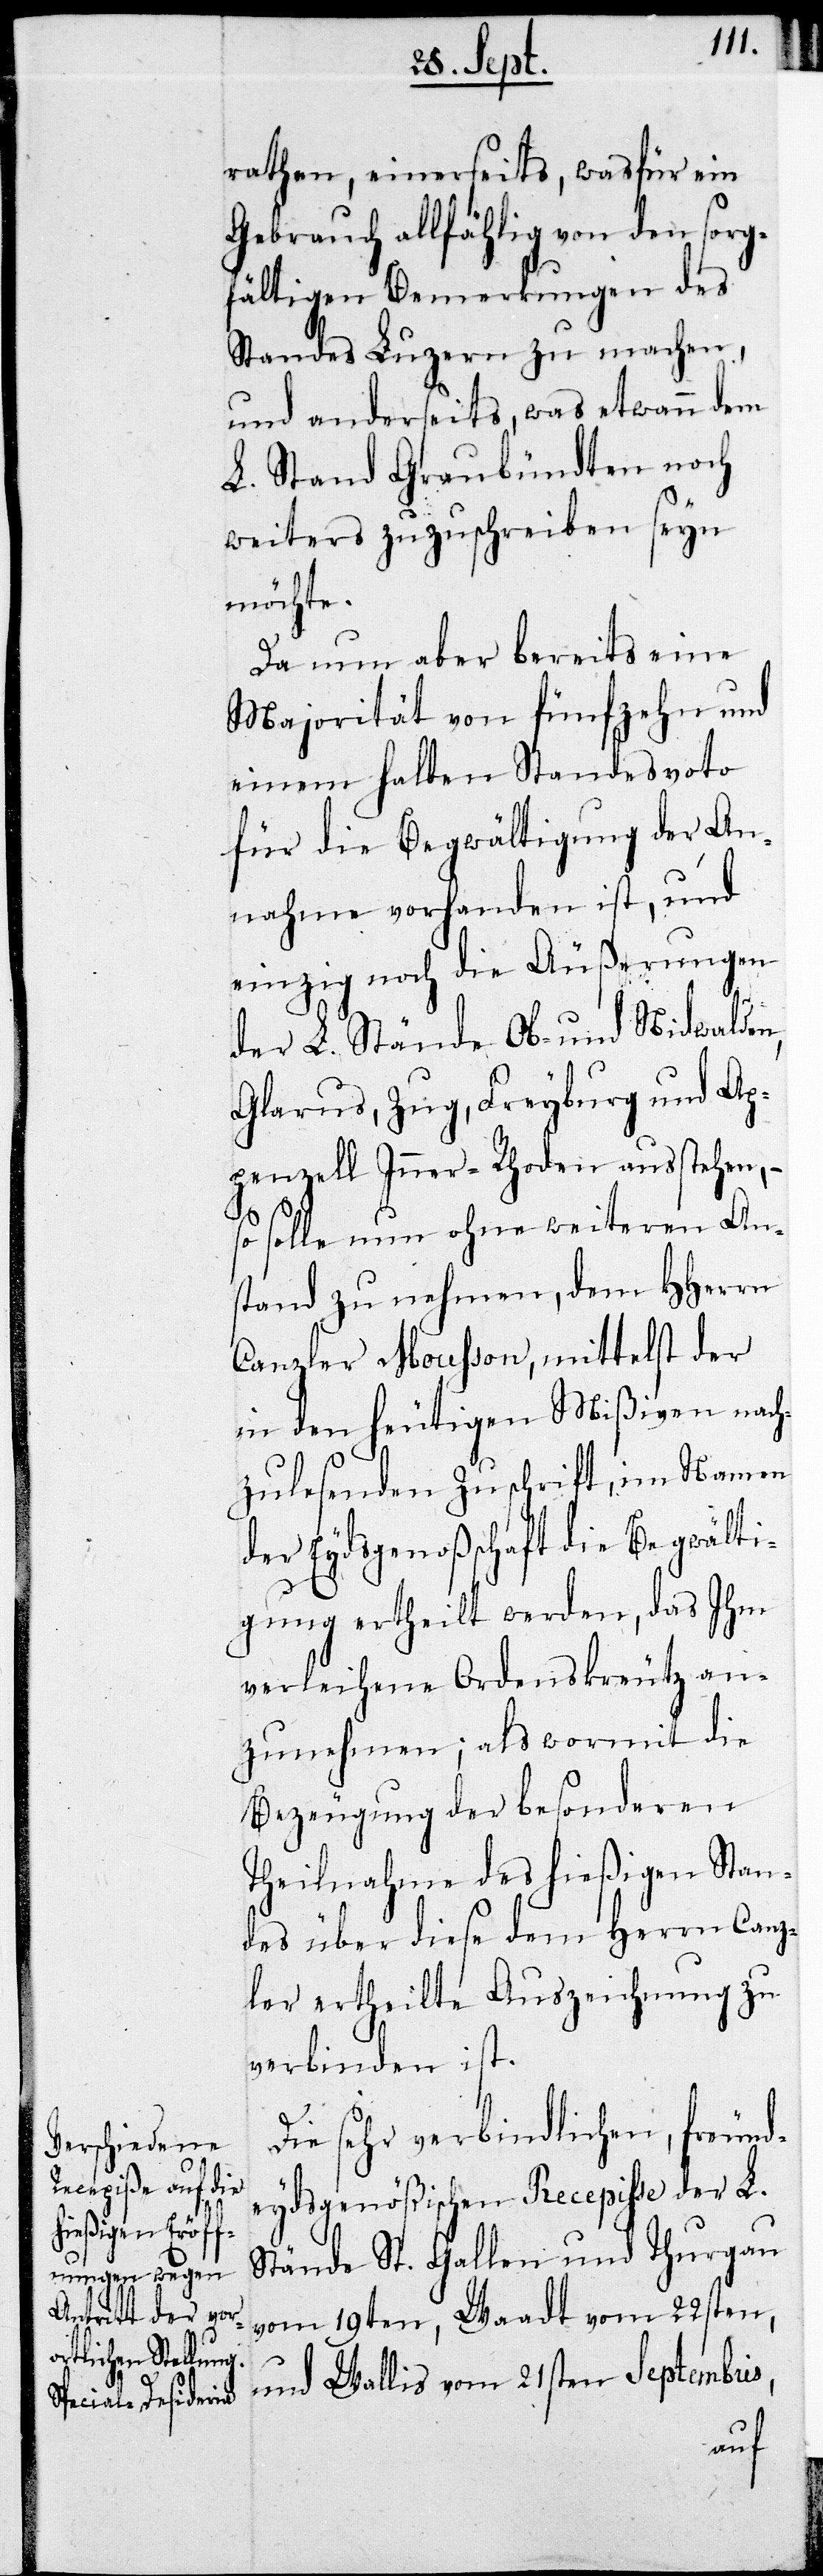
rathen, einerseits, was für ein
Gebrauch allfählig von den sorg¬
fältigen Bemerkungen des
Standes Luzern zu machen,
und anderseits, was etwann dem
L. Stand Graubündten noch
weiters zuzuschreiben seyn
möchte.
Da nun aber bereits eine
Majorität von fünfzehn und
einem halben Standesvoto
für die Begwältigung der An¬
nahme vorhanden ist, und
einzig noch die Äußerungen
der L. Stände Ob- und Nidwalden,
Glarus, Zug, Freyburg und Ap¬
penzell Inner-Rhoden ausstehen, –
so solle nun ohne weiteren An¬
stand zu nehmen, dem HHerrn
Canzler Mousson, mittels der
in den heutigen Mißiven nach¬
zulesenden Zuschrift, im Namen
der Eydsgenoßenschaft die Begwälti¬
gung ertheilt werden, das Ihm
verleihene Ordenskreutz an¬
zunehmen; als wormit die
Bezeugung der besonderen
Theilnahme des hießigen Stan¬
des über diese dem Herrn Canz¬
ler ertheilte Auszeichnung zu
verbinden ist.
Die sehr verbindlichen, freund¬
eydsgenößischen Recepiße der L.
Stände St. Gallen und Thurgau
vom 19ten, Waadt vom 22sten,
und Wallis vom 21sten Septembris,